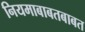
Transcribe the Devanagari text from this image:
नियमाबाबतबाबत